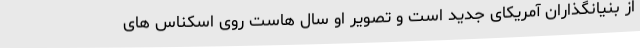
از بنیانگذاران آمریکای جدید است و تصویر او سال هاست روی اسکناس های